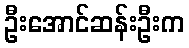
ဦးအောင်ဆန်းဦးက